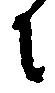
に